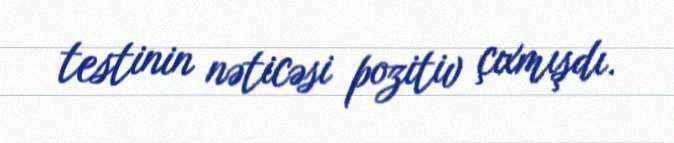
testinin nəticəsi pozitiv çıxmışdı.